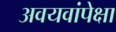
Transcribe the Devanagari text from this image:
अवयवांपेक्षा